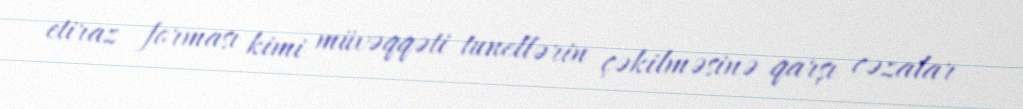
etiraz forması kimi müvəqqəti tunellərin çəkilməsinə qarşı cəzalar